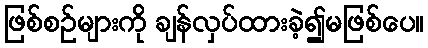
ဖြစ်စဉ်များကို ချန်လှပ်ထားခဲ့၍မဖြစ်ပေ။